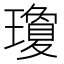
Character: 瓊